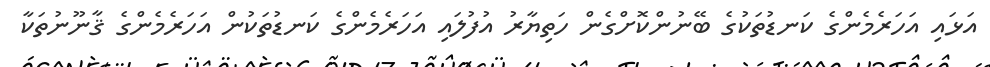
އަޅައި އަހަރެމެންގެ ކަނޑުތަކުގެ ބޭނުންކޮށްގެން ހަތިޔާރު އުފުލައި އަހަރެމެންގެ ކަނޑުތަކުން އަހަރެމެންގެ ޤާނޫނުތަކާ